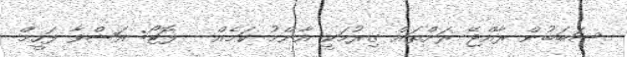
ސަބަބުން ރާއްޖޭ ރަށްތައް ގިރުމަކީ އާންމު ކަމެއް - ފޮޓޯ: އަޝްވާ ފަހީމް